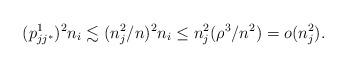
LaTeX: \begin{align*} (p^1_{jj^*})^2 n_i \lesssim (n_j^2/n)^2n_i \le n_j^2 (\rho^3/n^2) = o(n_j^2). \end{align*}